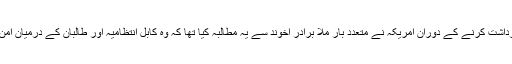
اطلاعات کے مطابق 9 برس قید وبند کی صعوبتیں برداشت کرنے کے دوران امریکہ نے متعدد بار ملا برادر اخوند سے یہ مطالبہ کیا تھا کہ وہ کابل انتظامیہ اور طالبان کے درمیان امن عمل اور مذاکرات شروع کرنے میں کردار ادا کریں۔